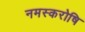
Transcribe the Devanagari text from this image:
नमस्करोषि